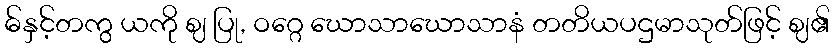
ဓ်နှင့်တကွ ယကို ဈ ပြု, ဝဂ္ဂေ ဃောသာဃောသာနံ တတိယပဌမာသုတ်ဖြင့် ဈ၏